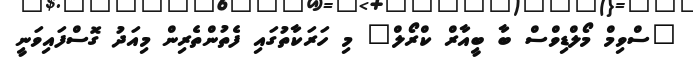
"ސްވިމް މޯލްޑިވްސް ބާ ބީއާރް ކްރޯލް" މި ހަރަކާތުގައި ފެތުންތެރިން މިއަދު ގޮސްފައިވަނީ